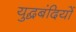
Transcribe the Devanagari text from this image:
युद्घबंदियों